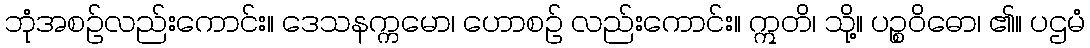
ဘုံအစဉ်လည်းကောင်း။ ဒေသနက္ကမော၊ ဟောစဉ် လည်းကောင်း။ ဣတိ၊ သို့။ ပဉ္စဝိဓော၊ ၏။ ပဌမံ